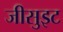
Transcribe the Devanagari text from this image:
जीसुइट